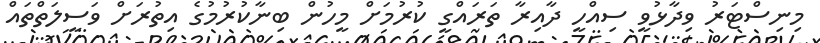
މިނިސްޓަރު ވިދާޅުވީ ސިއްހީ ދާއިރާ ތަރައްގީ ކުރުމަށް މީހުން ބިނާކުރުމުގެ އިތުރަށް ވަސީލަތްތައް